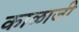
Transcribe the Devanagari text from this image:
काळाजी